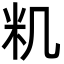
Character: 籶